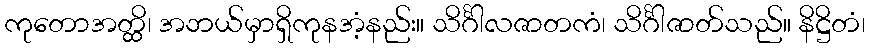
ကုတောအတ္ထိ၊ အဘယ်မှာရှိကုနအံ့နည်း။ သိင်္ဂါလဇာတကံ၊ သိင်္ဂါဇာတ်သည်။ နိဋ္ဌိတံ၊